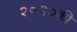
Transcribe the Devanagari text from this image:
२०१०की